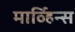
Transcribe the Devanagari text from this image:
मार्व्हिन्स